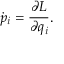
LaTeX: { \dot { p } } _ { i } = { \frac { \partial L } { \partial q _ { i } } } .